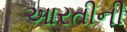
આરતીની